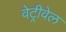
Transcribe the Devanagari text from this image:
वेट्रीवेल